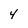
Character: 4